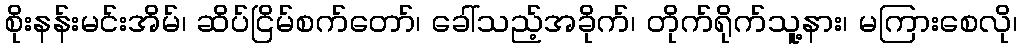
စိုးနန်းမင်းအိမ်၊ ဆိပ်ငြိမ်စက်တော်၊ ခေါ်သည့်အခိုက်၊ တိုက်ရိုက်သူ့နား၊ မကြားစေလို၊